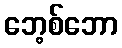
ဘေ့စ်ဘော